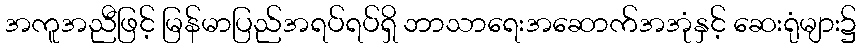
အကူအညီဖြင့် မြန်မာပြည်အရပ်ရပ်ရှိ ဘာသာရေးအဆောက်အအုံနှင့် ဆေးရုံများ၌